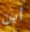
أين